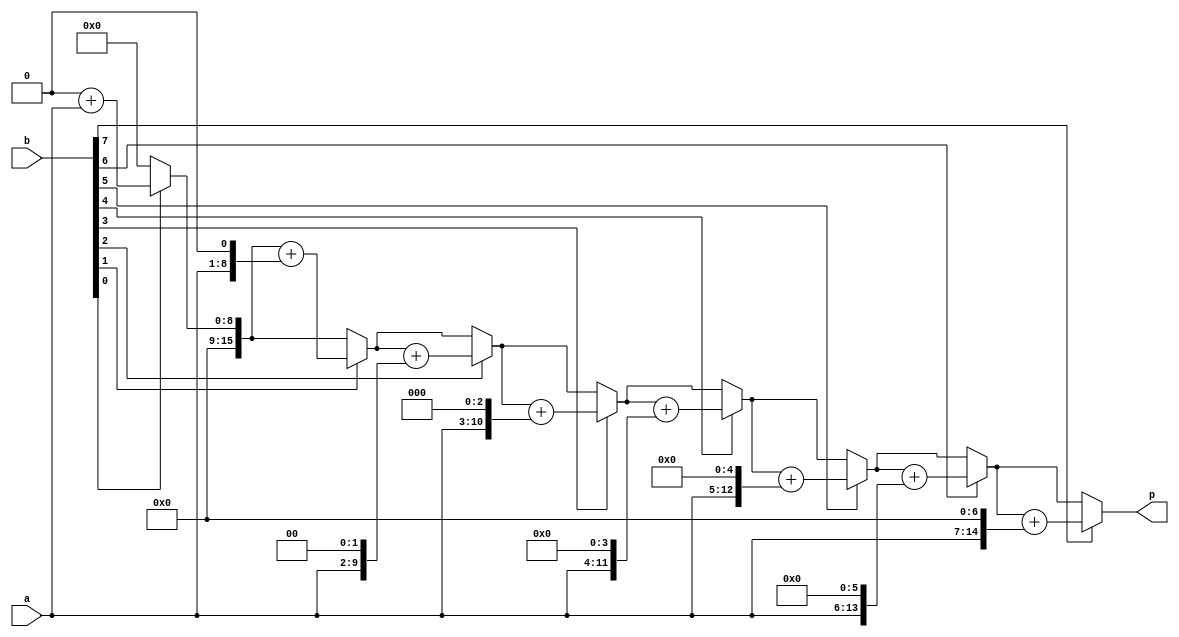
`timescale 1ns / 1ps
module mult8(
    input [7:0] a,
    input [7:0] b,
    output reg [15:0] p
    );
    reg [15:0]pv;
    reg[15:0]ap;
    always@(*)
    begin
    pv=16'b0000000000000000;
    ap={8'b00000000,a};
    if(b[0]==1)
       pv=pv+ap;
    ap={ap[14:0],1'b0};
    if(b[1]==1)
        pv=pv+ap;
    ap={ap[14:0],1'b0};
    if(b[2]==1)
        pv=pv+ap;
    ap={ap[14:0],1'b0};
    if(b[3]==1)
        pv=pv+ap;
    ap={ap[14:0],1'b0};
    if(b[4]==1)
        pv=pv+ap;
    ap={ap[14:0],1'b0};
    if(b[5]==1)
        pv=pv+ap; 
    ap={ap[14:0],1'b0};
    if(b[6]==1)
        pv=pv+ap;
     ap={ap[14:0],1'b0};
    if(b[7]==1)
        pv=pv+ap;
    ap={ap[14:0],1'b0};
    p=pv;
    end
endmodule